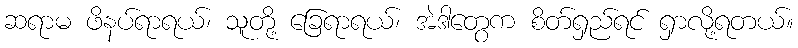
ဆရာမ ဖိနပ်ရာရယ်၊ သူတို့ ခြေရာရယ်၊ အဲဒါတွေက စိတ်ရှည်ရင် ရှာလို့ရတယ်။